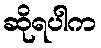
ဆိုရပါက